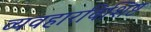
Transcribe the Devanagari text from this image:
व्यवहारविशिष्ट